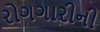
રોગગારીની